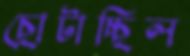
ছোটাচ্ছিল